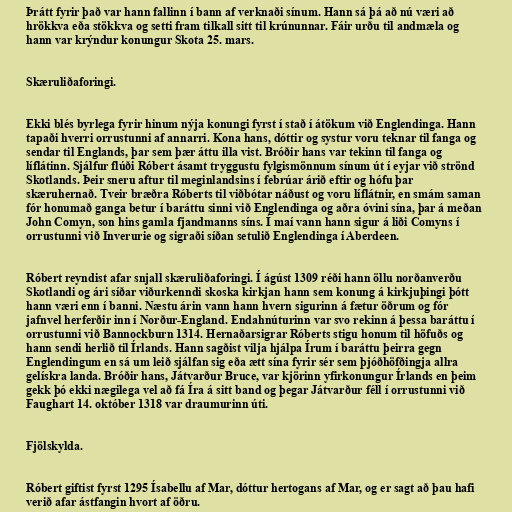
Þrátt fyrir það var hann fallinn í bann af verknaði sínum. Hann sá þá að nú væri að
hrökkva eða stökkva og setti fram tilkall sitt til krúnunnar. Fáir urðu til andmæla og
hann var krýndur konungur Skota 25. mars.

Skæruliðaforingi.

Ekki blés byrlega fyrir hinum nýja konungi fyrst í stað í átökum við Englendinga. Hann
tapaði hverri orrustunni af annarri. Kona hans, dóttir og systur voru teknar til fanga og
sendar til Englands, þar sem þær áttu illa vist. Bróðir hans var tekinn til fanga og
líflátinn. Sjálfur flúði Róbert ásamt tryggustu fylgismönnum sínum út í eyjar við strönd
Skotlands. Þeir sneru aftur til meginlandsins í febrúar árið eftir og hófu þar
skæruhernað. Tveir bræðra Róberts til viðbótar náðust og voru líflátnir, en smám saman
fór honumað ganga betur í baráttu sinni við Englendinga og aðra óvini sína, þar á meðan
John Comyn, son hins gamla fjandmanns síns. Í maí vann hann sigur á liði Comyns í
orrustunni við Inverurie og sigraði síðan setulið Englendinga í Aberdeen.

Róbert reyndist afar snjall skæruliðaforingi. Í ágúst 1309 réði hann öllu norðanverðu
Skotlandi og ári síðar viðurkenndi skoska kirkjan hann sem konung á kirkjuþingi þótt
hann væri enn í banni. Næstu árin vann hann hvern sigurinn á fætur öðrum og fór
jafnvel herferðir inn í Norður-England. Endahnúturinn var svo rekinn á þessa baráttu í
orrustunni við Bannockburn 1314. Hernaðarsigrar Róberts stigu honum til höfuðs og
hann sendi herlið til Írlands. Hann sagðist vilja hjálpa Írum í baráttu þeirra gegn
Englendingum en sá um leið sjálfan sig eða ætt sína fyrir sér sem þjóðhöfðingja allra
gelískra landa. Bróðir hans, Játvarður Bruce, var kjörinn yfirkonungur Írlands en þeim
gekk þó ekki nægilega vel að fá Íra á sitt band og þegar Játvarður féll í orrustunni við
Faughart 14. október 1318 var draumurinn úti.

Fjölskylda.

Róbert giftist fyrst 1295 Ísabellu af Mar, dóttur hertogans af Mar, og er sagt að þau hafi
verið afar ástfangin hvort af öðru.